Report of the Bombay Plague Committee
Disease focus: Plague
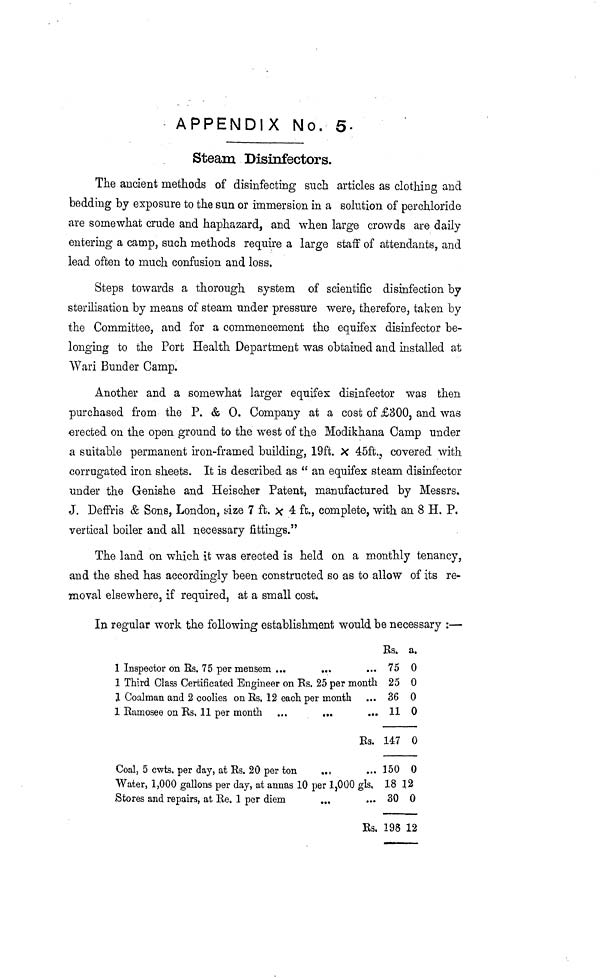
APPENDIX No. 5.
Steam Disinfectors.
The ancient methods of disinfecting such articles as clothing and
bedding by exposure to the sun or immersion in a solution of perchloride
are somewhat crude and haphazard, and when large crowds are daily
entering a camp, such methods require a large staff of attendants, and
lead often to much confusion and loss.
Steps towards a thorough system of scientific disinfection by
sterilisation by means of steam under pressure were, therefore, taken by
the Committee, and for a commencement the equifex disinfector be-
longing to the Port Health Department was obtained and installed at
Wari Bunder Camp.
Another and a somewhat larger equifex disinfector was then
purchased from the P. & 0. Company at a cost of £300, and was
erected on the open ground to the west of the Modikhana Camp under
a suitable permanent iron-framed building, 19ft. X 45ft., covered with
corrugated iron sheets. It is described as " an equifex steam disinfector
under the Genishe and Heischer Patent, manufactured by Messrs.
J. Deffris & Sons, London, size 7 ft, χ 4 ft., complete, with an 8 H. P.
vertical boiler and all necessary fittings."
The land on which it was erected is held on a monthly tenancy,
and the shed has accordingly been constructed so as to allow of its re-
moval elsewhere, if required, at a small cost.
In regular work the following establishment would be necessary :—
Es. a.
1 Inspector on Rs, 75 per mensem ...
...
... 75 0
1 Third Class Certificated Engineer on Rs. 25 per month 25 0
1 Coalman and 2 coolies on Rs. 12 each per month ... 36 0
1 Ramosee on Rs, 11 per month ...
...
... 11 0
Rs. 147 0
Coal, 5 cwts. per day, at Rs. 20 per ton
... 350 0
Water, 1,000 gallons per day, at annas 10 per 1,000 gls, 18 12
Stores and repairs, at Re. 1 per diem
...
... 30 0
Rs. 198 12